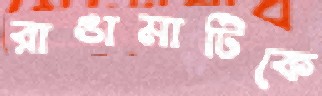
রাঙামাটিকে